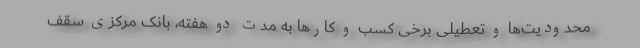
محدودیت‌ها و تعطیلی برخی کسب و کارها به مدت دو هفته، بانک مرکزی سقف